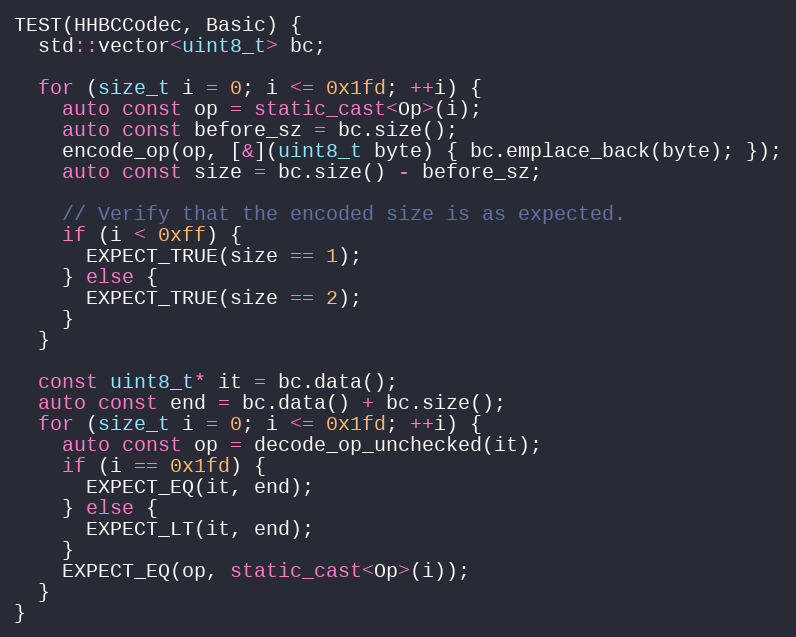
Language: C++
TEST(HHBCCodec, Basic) {
  std::vector<uint8_t> bc;

  for (size_t i = 0; i <= 0x1fd; ++i) {
    auto const op = static_cast<Op>(i);
    auto const before_sz = bc.size();
    encode_op(op, [&](uint8_t byte) { bc.emplace_back(byte); });
    auto const size = bc.size() - before_sz;

    // Verify that the encoded size is as expected.
    if (i < 0xff) {
      EXPECT_TRUE(size == 1);
    } else {
      EXPECT_TRUE(size == 2);
    }
  }

  const uint8_t* it = bc.data();
  auto const end = bc.data() + bc.size();
  for (size_t i = 0; i <= 0x1fd; ++i) {
    auto const op = decode_op_unchecked(it);
    if (i == 0x1fd) {
      EXPECT_EQ(it, end);
    } else {
      EXPECT_LT(it, end);
    }
    EXPECT_EQ(op, static_cast<Op>(i));
  }
}